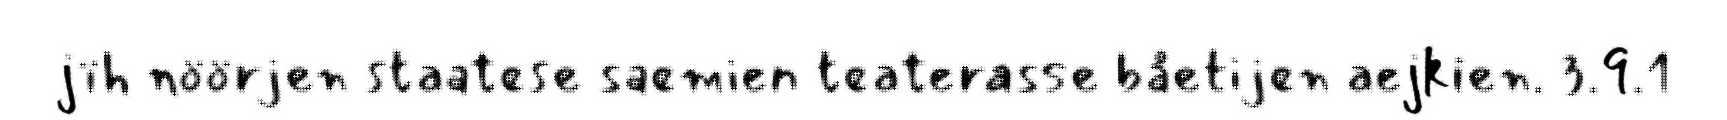
jïh nöörjen staatese saemien teaterasse båetijen aejkien. 3.9.1